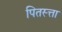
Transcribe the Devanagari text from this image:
पितस्त्ता